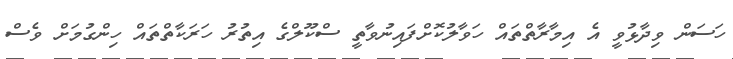
ހަސަން ވިދާޅުވީ އެ އިމާރާތްތައް ހަވާލުކޮށްފައިނުވާތީ ސްކޫލްގެ އިތުރު ހަރަކާތްތައް ހިންގުމަށް ވެސް